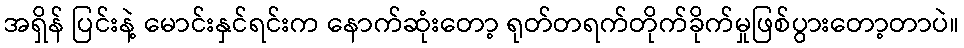
အရှိန် ပြင်းနဲ့ မောင်းနှင်ရင်းက နောက်ဆုံးတော့ ရုတ်တရက်တိုက်ခိုက်မှုဖြစ်ပွားတော့တာပဲ။